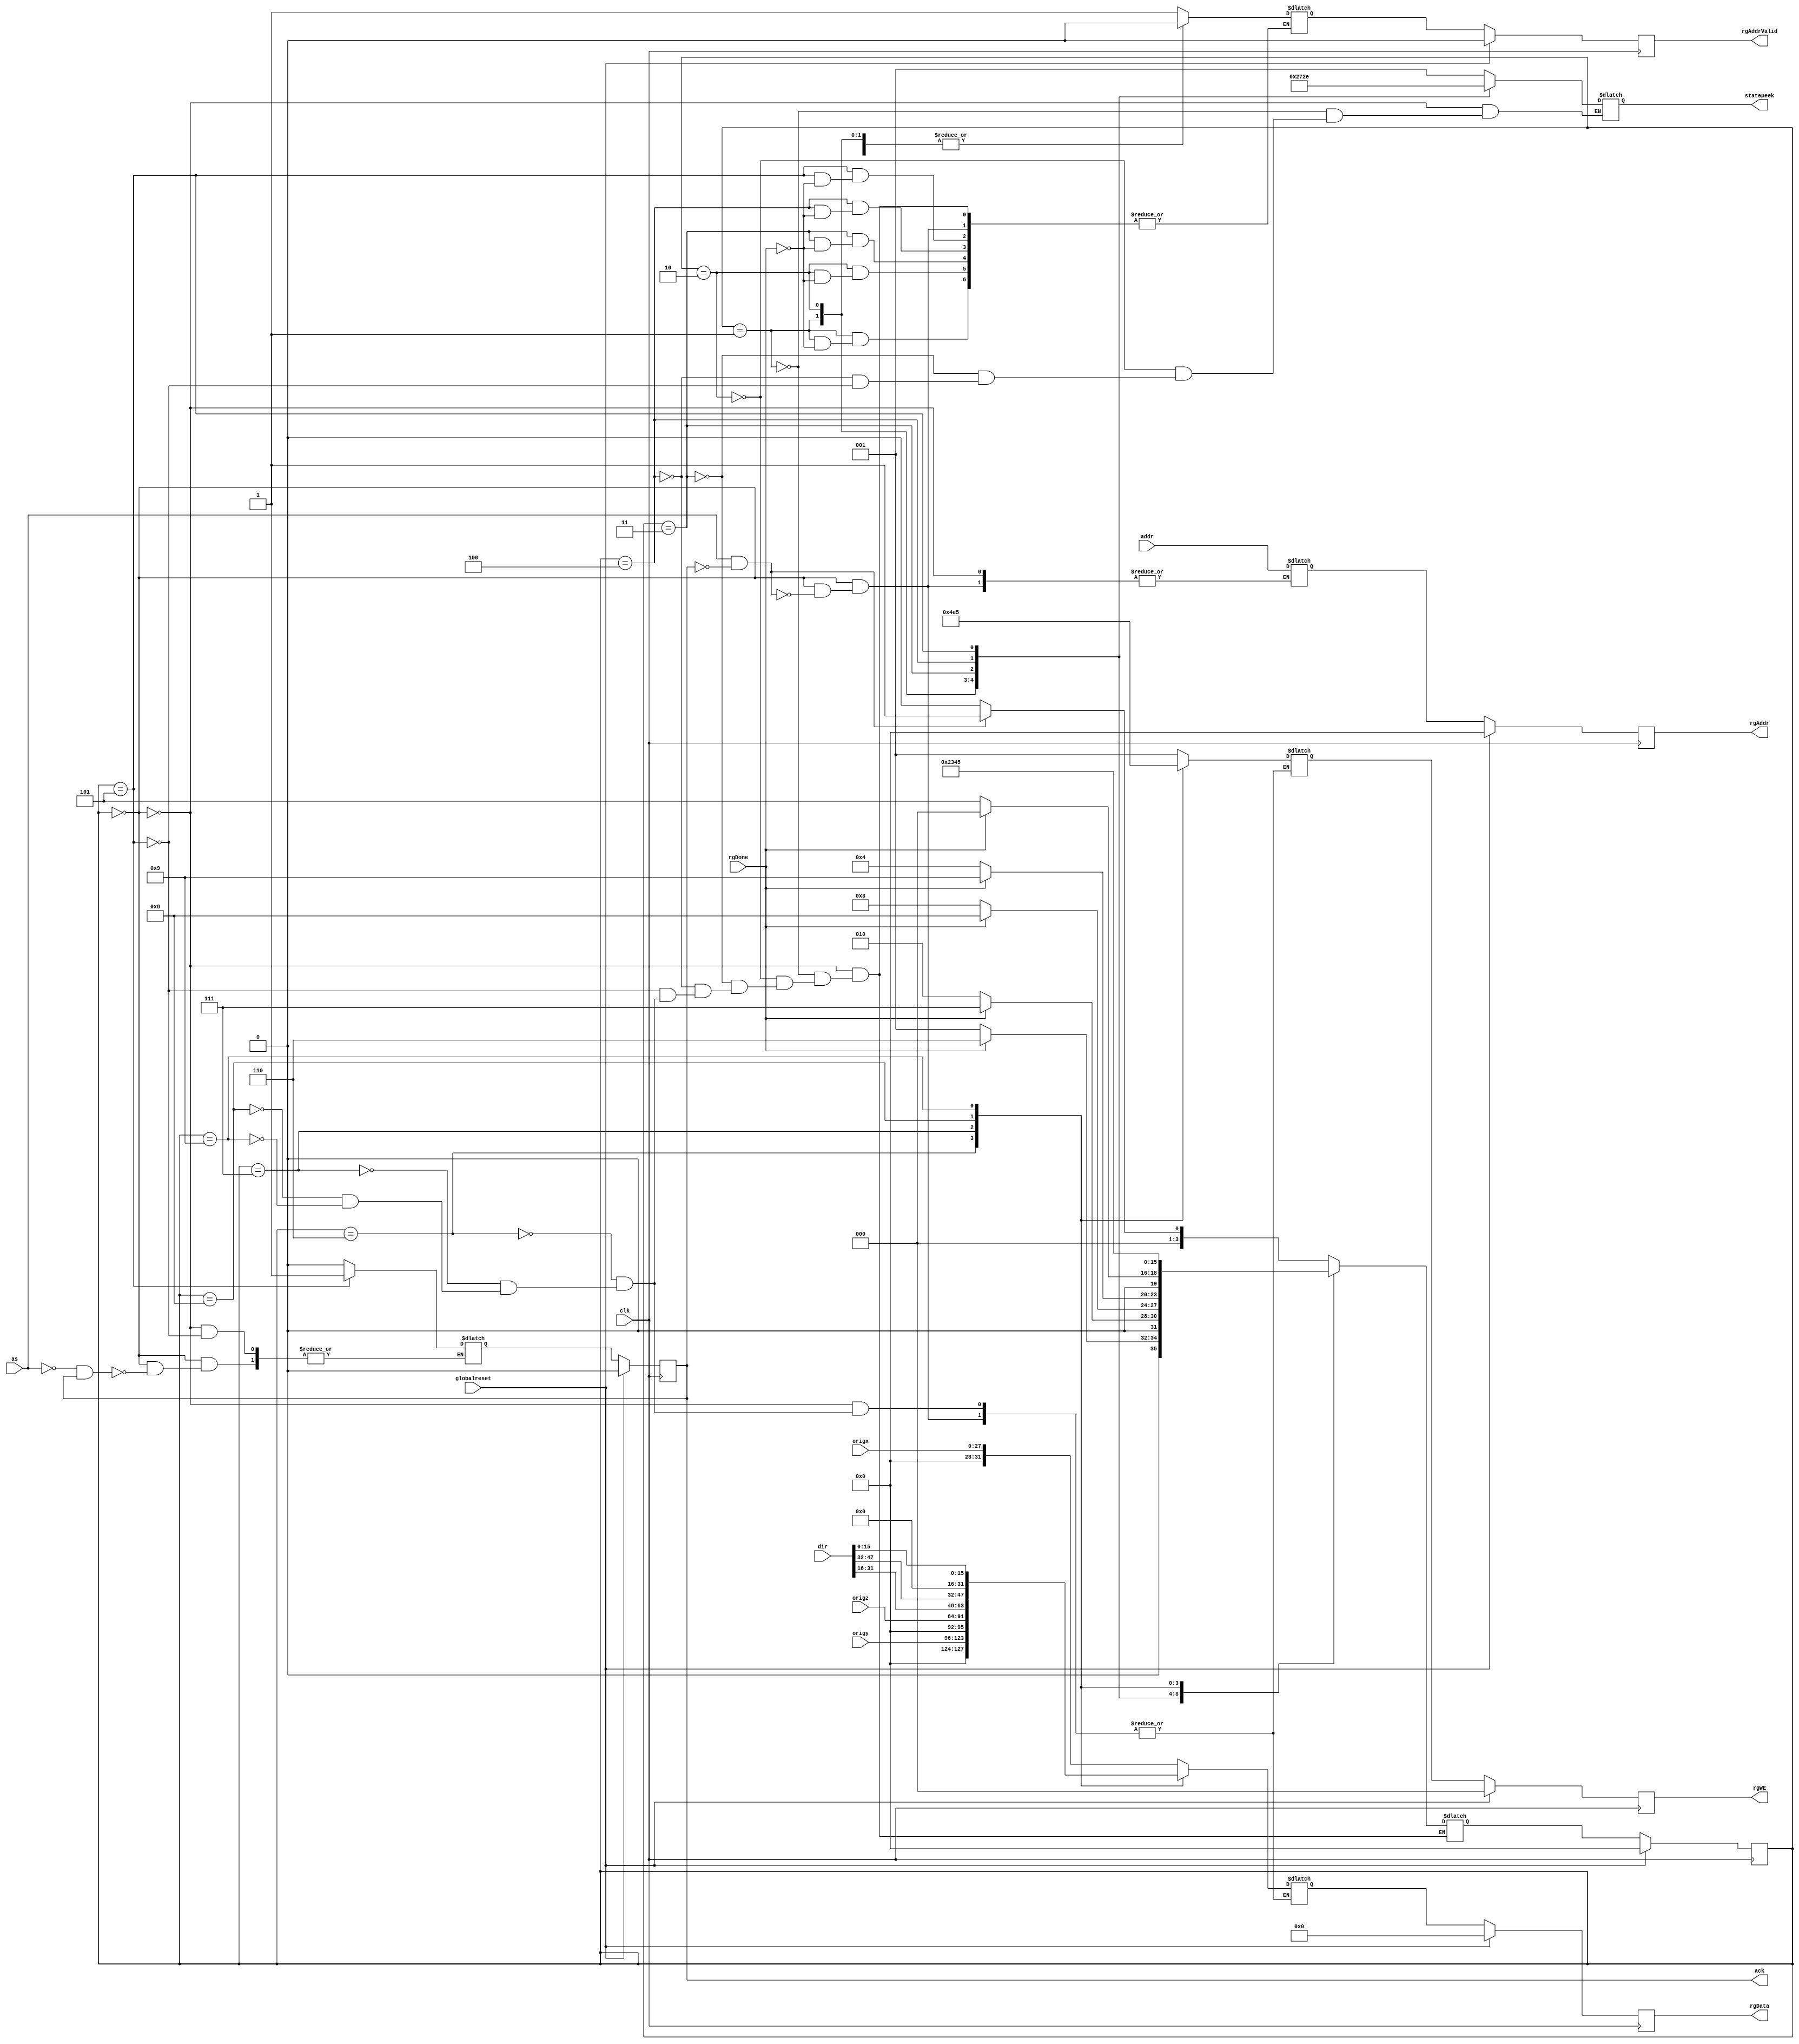
module raysend_1 (as, ack, addr, dir, origx, origy, origz, rgData, rgAddr, rgWE, rgAddrValid, rgDone, globalreset, clk, statepeek);
    input as; 
    output ack; 
    reg ack;
    input[3:0] addr; 
    input[47:0] dir; 
    input[27:0] origx; 
    input[27:0] origy; 
    input[27:0] origz; 
    output[31:0] rgData; 
    reg[31:0] rgData;
    output[3:0] rgAddr; 
    reg[3:0] rgAddr;
    output[2:0] rgWE; 
    reg[2:0] rgWE;
    output rgAddrValid; 
    reg rgAddrValid;
    input rgDone; 
    input globalreset; 
    input clk; 
    output[2:0] statepeek; 
    reg[2:0] statepeek;
    reg[3:0] state; 
    reg[3:0] next_state; 
    reg[31:0] temp_rgData;
    reg[2:0] temp_rgWE; 
    reg temp_rgAddrValid;
    reg temp_ack;
    reg[3:0] temp_rgAddr; 
    always @(posedge clk)
    begin
       if (globalreset == 1'b1)
       begin
          state <= 0 ; 
          ack <= 1'b0 ; 
          rgWE <= 3'b000 ; 
          rgData <= 0;
          rgAddrValid <= 1'b0 ; 
          rgAddr <= 0;
       end
       else
       begin
          state <= next_state ; 
rgData <= temp_rgData;
rgWE <= temp_rgWE;
rgAddrValid <= temp_rgAddrValid;
ack <= temp_ack;
rgAddr <= temp_rgAddr;
       end 
    end 
    always @(state or ack or as or rgDone)
    begin
       case (state)
          0 :
                   begin
                      if ((as == 1'b1) & (ack == 1'b0))
                      begin
                         next_state = 1 ; 
                      end
                      else
                      begin
                         next_state = 0 ; 
                      end 
                      statepeek = 3'b001 ; 
                         if ((as == 1'b1) & (ack == 1'b0))
                         begin
                            temp_rgData = {4'b0000, origx} ; 
                            temp_rgWE = 3'b001 ; 
                            temp_rgAddrValid = 1'b1 ; 
                            temp_rgAddr = addr ; 
                         end 
                         if (as == 1'b0 & ack == 1'b1)
                         begin
                            temp_ack = 1'b0 ; 
                         end 
                   end
          1 :
                   begin
                      if (rgDone == 1'b1)
                      begin
                         next_state = 6 ; 
                      end
                      else
                      begin
                         next_state = 1 ; 
                      end 
                      statepeek = 3'b010 ; 
                         if (rgDone == 1'b1)
                         begin
                            temp_rgAddrValid = 1'b0 ; 
                         end 
                   end
          2 :
                   begin
                      if (rgDone == 1'b1)
                      begin
                         next_state = 7 ; 
                      end
                      else
                      begin
                         next_state = 2 ; 
                      end 
                      statepeek = 3'b011 ; 
                         if (rgDone == 1'b1)
                         begin
                            temp_rgAddrValid = 1'b0 ; 
                         end 
                   end
           3 :
                   begin
                      if (rgDone == 1'b1)
                      begin
                         next_state = 8 ; 
                      end
                      else
                      begin
                         next_state = 3 ; 
                      end 
                      statepeek = 3'b100 ; 
                         if (rgDone == 1'b1)
                         begin
                            temp_rgAddrValid = 1'b0 ; 
                         end 
                   end
         4 :
                   begin
                      if (rgDone == 1'b1)
                       begin
                         next_state = 9 ; 
                      end
                      else
                      begin
                         next_state = 4 ; 
                      end 
                      statepeek = 3'b101 ; 
                         if (rgDone == 1'b1)
                         begin
                            temp_rgAddrValid = 1'b0 ; 
                         end 
                   end
          5 :
                   begin
                      if (rgDone == 1'b1)
                      begin
                         next_state = 0 ; 
                      end
                      else
                      begin
                         next_state = 5 ; 
                      end 
                      statepeek = 3'b110 ; 
                         temp_ack = 1'b1 ; 
                         if (rgDone == 1'b1)
                         begin
                            temp_rgAddrValid = 1'b0 ; 
                         end 
                   end
          6 :
                   begin
                      next_state = 2 ; 
                         temp_rgData = {4'b0000, origy} ; 
                         temp_rgWE = 3'b010 ; 
                         temp_rgAddrValid = 1'b1 ; 
                   end
          7 :
                   begin
                      next_state = 3 ; 
                         temp_rgData = {4'b0000, origz} ; 
                         temp_rgWE = 3'b011 ; 
                         temp_rgAddrValid = 1'b1 ; 
                   end
          8 :
                   begin
                      next_state = 4 ; 
                         temp_rgData = {dir[31:16], dir[47:32]} ; 
                         temp_rgWE = 3'b100 ; 
                         temp_rgAddrValid = 1'b1 ; 
                   end
           9 :
                   begin
                      next_state = 5 ; 
                         temp_rgData = {16'b0000000000000000, dir[15:0]} ; 
                          temp_rgWE = 3'b101 ; 
                         temp_rgAddrValid = 1'b1 ; 
                   end
       endcase 
    end 
 endmodule